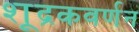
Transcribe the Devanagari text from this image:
शूद्रकवर्णन